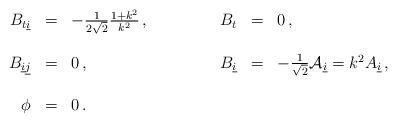
LaTeX: \begin{align*}\begin{array}{rclrcl}B_{t\underline{i}} & = & -\frac{1}{2\sqrt{2}}\frac{1+k^{2}}{k^{2}}\,,\hspace{1.5cm}& B_{t} & = & 0\, ,\\& & & & &\\B_{\underline{i}\underline{j}} & = & 0\, ,&B_{\underline{i}} & = & -\frac{1}{\sqrt{2}}{\cal A}_{\underline{i}}=k^{2}A_{\underline{i}}\, ,\\& & & & &\\\phi & = & 0\, .& & &\end{array}\end{align*}